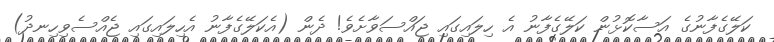
ކަލޭގެފާނުގެ އަސާކޮޅުން ކަލޭގެފާނު އެ ހިލައިގައި ޖައްސަވާށެވެ! ދެން (އެކަލޭގެފާނު އެހިލައިގައި ޖެއްސެވިހިނދު)